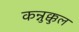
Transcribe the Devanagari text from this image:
कन्नुक्कुल